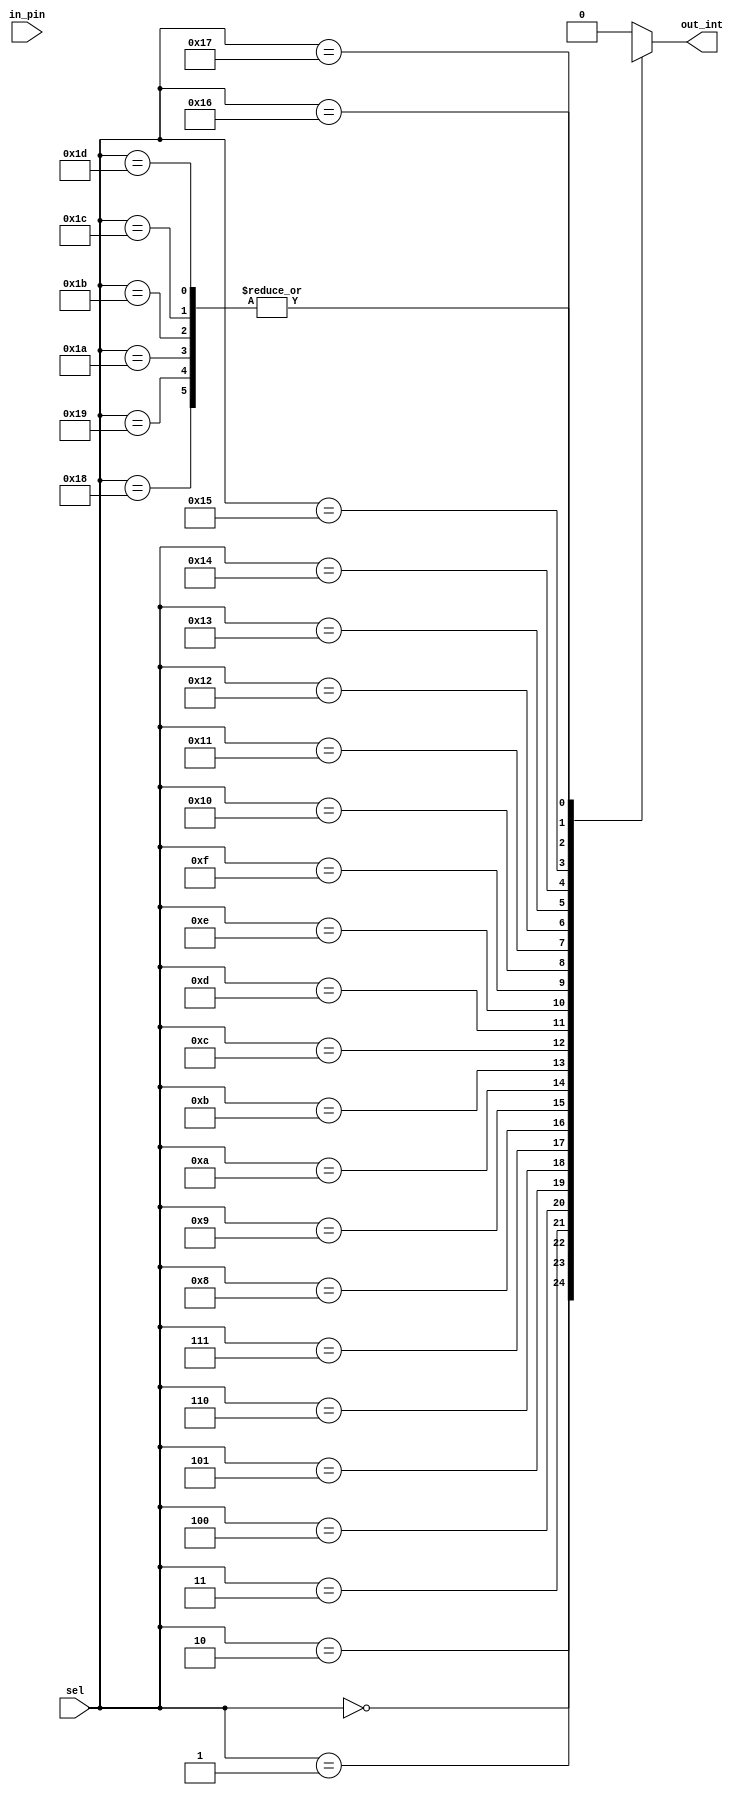
module input_mux # (parameter C_BOOLEAN_GENERATOR_NUM = 24) (
    input [4:0] sel,
    input [C_BOOLEAN_GENERATOR_NUM-1:0] in_pin,
    output reg out_int
    );
    
    always @(sel, in_pin)
    case(sel)
        5'h00 : out_int = in_pin[0];
        5'h01 : out_int = in_pin[1];
        5'h02 : out_int = in_pin[2];
        5'h03 : out_int = in_pin[3];
        5'h04 : out_int = in_pin[4];
        5'h05 : out_int = in_pin[5];
        5'h06 : out_int = in_pin[6];
        5'h07 : out_int = in_pin[7];
        5'h08 : out_int = in_pin[8];
        5'h09 : out_int = in_pin[9];
        5'h0A : out_int = in_pin[10];
        5'h0B : out_int = in_pin[11];
        5'h0C : out_int = in_pin[12];
        5'h0D : out_int = in_pin[13];
        5'h0E : out_int = in_pin[14];
        5'h0F : out_int = in_pin[15];
        5'h10 : out_int = in_pin[16];
        5'h11 : out_int = in_pin[17];
        5'h12 : out_int = in_pin[18];
        5'h13 : out_int = in_pin[19];
        5'h14 : out_int = in_pin[20];
        5'h15 : out_int = in_pin[21];
        5'h16 : out_int = in_pin[22];
        5'h17 : out_int = in_pin[23];
        5'h18 : out_int = in_pin[24];
        5'h19 : out_int = in_pin[25];
        5'h1A : out_int = in_pin[26];
        5'h1B : out_int = in_pin[27];
        5'h1C : out_int = in_pin[28];
        5'h1D : out_int = in_pin[29];
        default : out_int = 1'b0;
     endcase        
endmodule